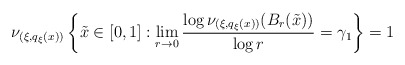
\begin{align*}\nu _{(\xi, q_\xi(x) )} \left\{ \tilde{x} \in [0,1] : \lim _{r \rightarrow 0} \frac{\log \nu _{(\xi, q_\xi(x) )} ( B _r (\tilde{x}) )}{\log r} = \gamma _1 \right\} = 1\end{align*}